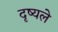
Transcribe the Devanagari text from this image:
दृष्यले